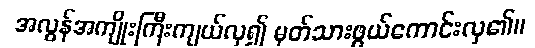
အလွန်အကျိုးကြီးကျယ်လှ၍ မှတ်သားဖွယ်ကောင်းလှ၏။